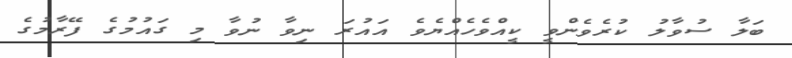
ބަލާ ސުވާލު ކުރެވެންވީ ކީއްވެހެއްޔެވެ އައުރަ ނިވާ ނުވާ މި ގައުމުގެ ފޭރާމުގެ